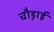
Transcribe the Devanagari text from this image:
चौ़ड़ाई